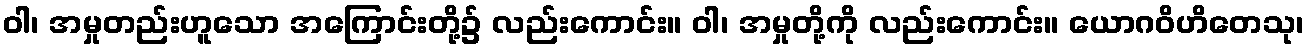
ဝါ၊ အမှုတည်းဟူသော အကြောင်းတို့၌ လည်းကောင်း။ ဝါ၊ အမှုတို့ကို လည်းကောင်း။ ယောဂဝိဟိတေသု၊